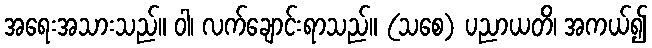
အရေးအသားသည်။ ဝါ၊ လက်ချောင်းရာသည်။ (သစေ) ပညာယတိ၊ အကယ်၍